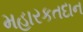
મહારકતદાન